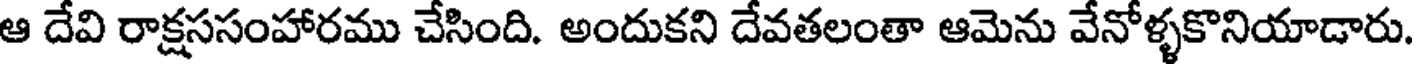
ఆ దేవి రాక్షససంహారము చేసింది. అందుకని దేవతలంతా ఆమెను వేనోళ్ళకొనియాడారు